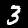
Label: 3